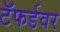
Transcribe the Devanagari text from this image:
टॅफर्डवर